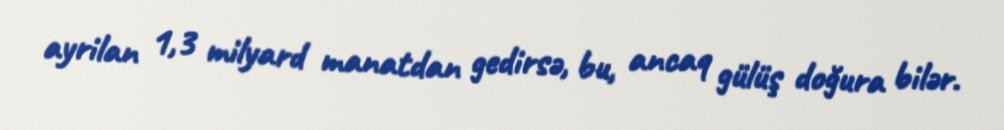
ayrilan 1,3 milyard manatdan gedirsə, bu, ancaq gülüş doğura bilər.